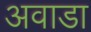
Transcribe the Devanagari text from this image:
अवाडा